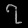
Digit: ၇